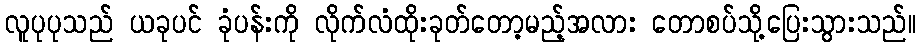
လူပုပုသည် ယခုပင် ခုံပန်းကို လိုက်လံထိုးခုတ်တော့မည့်အလား တောစပ်သို့ပြေးသွားသည်။